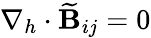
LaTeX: \nabla_{h}\cdot\widetilde{\mathbf{B}}_{ij}=0